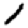
Digit: 1